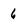
Character: 6